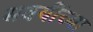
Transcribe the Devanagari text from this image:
सवयींच्या